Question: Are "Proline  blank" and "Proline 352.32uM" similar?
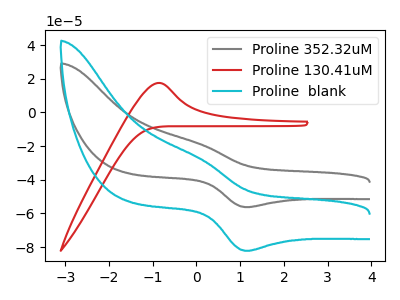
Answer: <think>The gray curve "Proline 352.32uM" has an anodic peak at (0.05V, -18.30uA) and a cathodic peak at (1.15V, -56.20uA). The red curve "Proline 130.41uM" has an anodic peak at: (-0.85V, 17.55uA). The cyan curve "Proline  blank" has an anodic peak at (0.05V, -26.75uA) and a cathodic peak at (1.15V, -82.15uA).
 All the peaks in "Proline  blank" have a peak in "Proline 352.32uM" at the same potential.</think>
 <answer>"Proline  blank" and "Proline 352.32uM" are similar in shape.</answer>
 <eval>same_shape</eval>